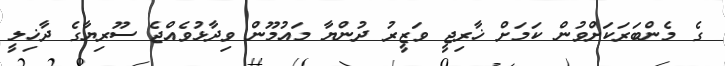
ގެ މެންބަރަކަށްވުން ކަމަށް ޚާރިޖީ ވަޒީރު ދުންޔާ މައުމޫން ވިދާޅުވެއްޖެ ސޫރިޔާގެ ދާޚިލީ